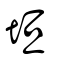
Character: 垣